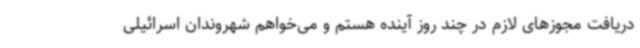
دریافت مجوزهای لازم در چند روز آینده هستم و می‌خواهم شهروندان اسرائیلی